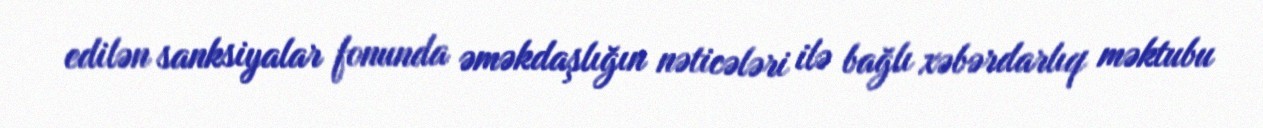
edilən sanksiyalar fonunda əməkdaşlığın nəticələri ilə bağlı xəbərdarlıq məktubu